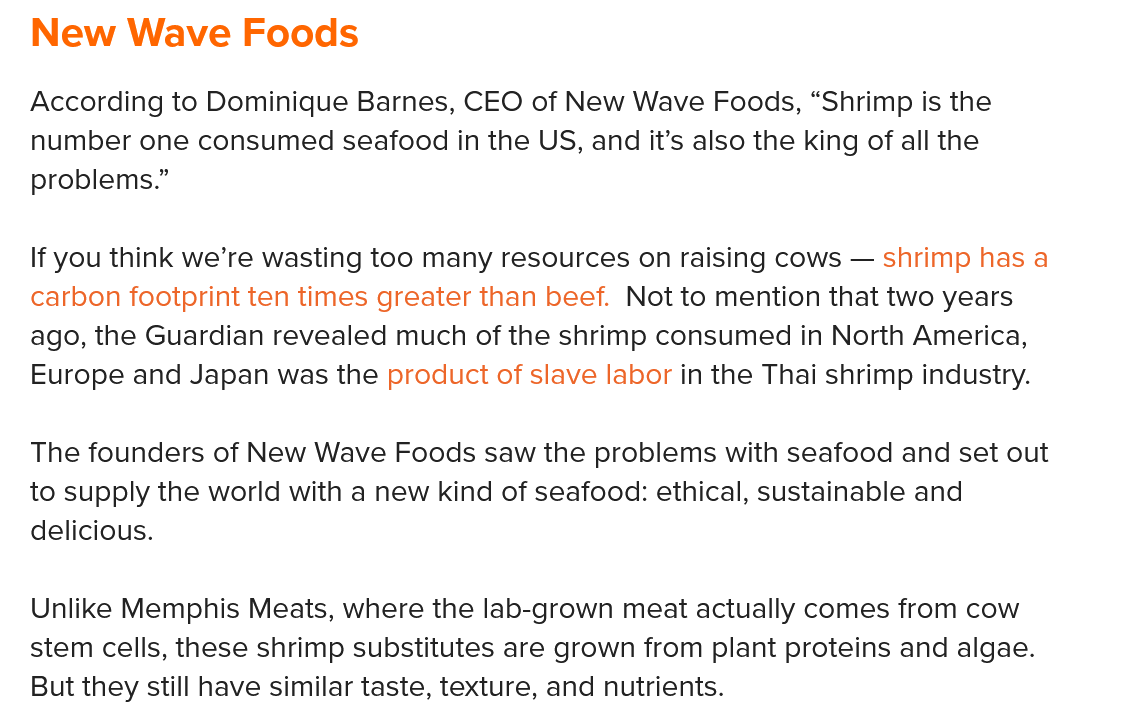
New   Wave    Foods
  According to Dominique Barnes, CEO of New Wave Foods, “Shrimp is the
   number one consumed seafood in the US, and it’s also the king of all the
   problems.”
   If you think we’re wasting too many resources on raising cows — shrimp has a
   carbon footprint ten times greater than beef. Not to mention that two years
   ago, the Guardian revealed much of the shrimp consumed in North America,
   Europe and Japan was the product of slave labor in the Thai shrimp industry.
   The founders of New Wave Foods saw the problems with seafood and set out
  to supply the world with a new kind of seafood: ethical, sustainable and
   delicious.
   Unlike Memphis Meats, where the lab-grown meat actually comes from cow
   stem cells, these shrimp substitutes are grown from plant proteins and algae.
   But they still have similar taste, texture, and nutrients.